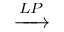
\xrightarrow { L P }